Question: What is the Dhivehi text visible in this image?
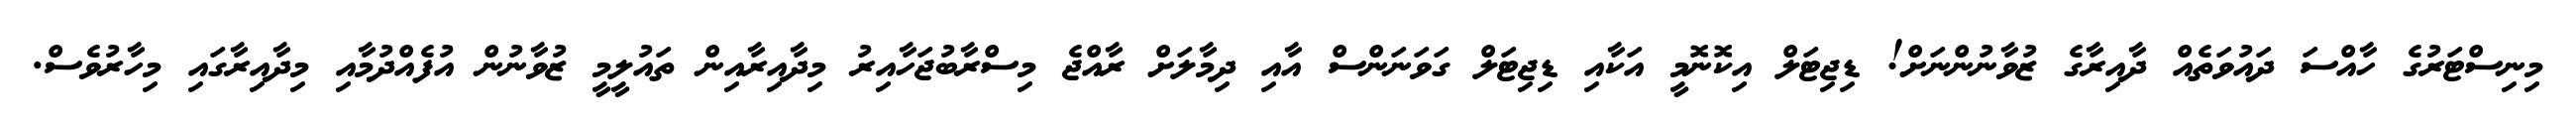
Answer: މިނިސްޓަރުގެ ހާއްސަ ދައުވަތެއް ދާއިރާގެ ޒުވާނުންނަށް! ޑިޖިޓަލް އިކޮނޮމީ އަކާއި ޑިޖިޓަލް ގަވަނަންސް އާއި ދިމާލަށް ރާއްޖެ މިސްރާބުޖަހާއިރު މިދާއިރާއިން ތައުލީމީ ޒުވާނުން އުފެއްދުމާއި މިދާއިރާގައި މިހާރުވެސް.